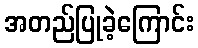
အတည်ပြုခဲ့ကြောင်း